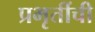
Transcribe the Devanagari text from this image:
प्रभृतींची